Vaccination in the Punjab 1919-1929 - 1919-1929
Year: 1919
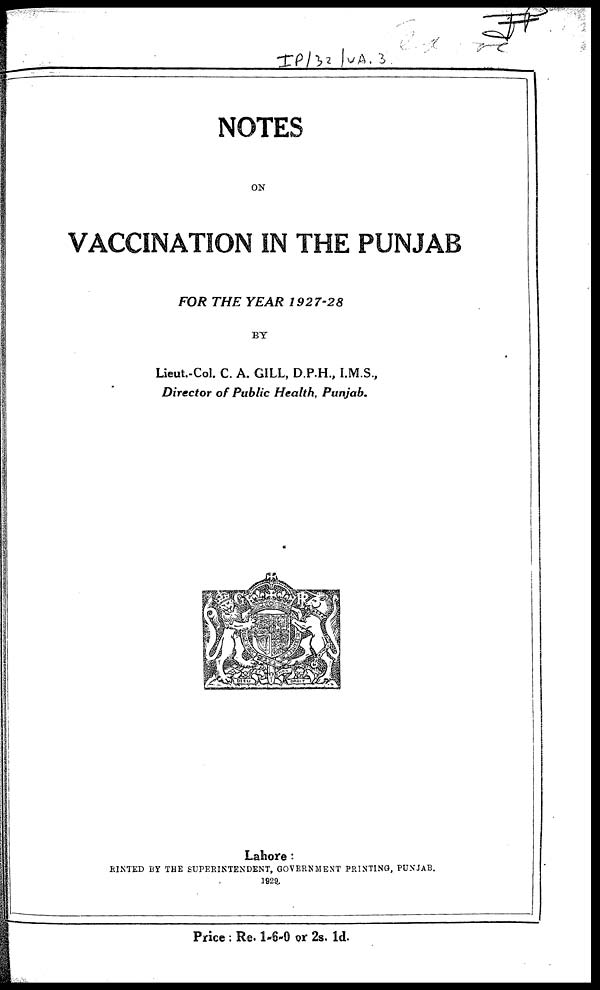
NOTES
ON
VACCINATION IN THE PUNJAB
FOR THE YEAR 1927-28
BY
Lieut.-Col. C. A. GILL, D.P.H., I.M.S.,
Director of Public Health, Punjab.
Lahore :
PRINTED BY THE SUPERINTENDENT, GOVERNMENT PRINTING, PUNJAB.
1929.
Price : Re. 1-6-0 or 2s. 1d.